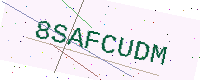
Text: 8SAFCUDM